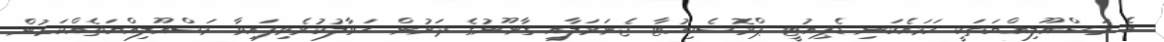
އެ މަސްއޫލިއްޔަތަކީ ހަމައެކަނި ޑެޕިއުޓީ ޕްރޮސެކިއުޓާ ޖެނަރަލާއި ގާނޫނުގެ ދަށުން ޙަވާލުކުރެވިފައިވާ މަސްއޫލިއްޔަތެއްކަމުން